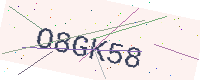
Text: O8GK58